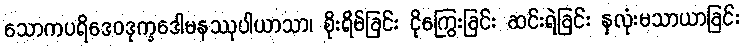
သောကပရိဒေဝဒုက္ခဒေါမနဿုပါယာသာ၊ စိုးရိမ်ခြင်း ငိုကြွေးခြင်း ဆင်းရဲခြင်း နှလုံးမသာယာခြင်း